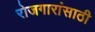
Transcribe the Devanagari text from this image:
रोजगारांसाठी